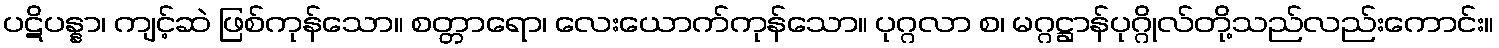
ပဋိပန္နာ၊ ကျင့်ဆဲ ဖြစ်ကုန်သော။ စတ္တာရော၊ လေးယောက်ကုန်သော။ ပုဂ္ဂလာ စ၊ မဂ္ဂဋ္ဌာန်ပုဂ္ဂိုလ်တို့သည်လည်းကောင်း။